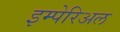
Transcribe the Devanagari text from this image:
इम्पेरिअल